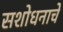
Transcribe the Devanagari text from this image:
सशोधनाचे